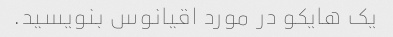
یک هایکو در مورد اقیانوس بنویسید.